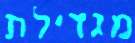
מגדילת